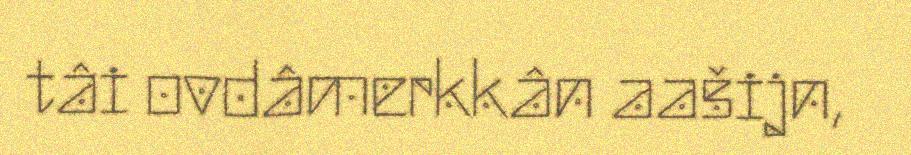
tâi ovdâmerkkân aašijn,